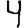
Digit: 4